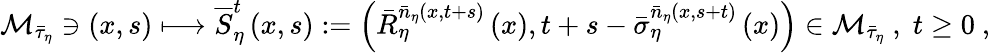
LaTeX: \mathcal{M}_{\bar{\tau}_{\eta}}\ni\left(x,s\right)\longmapsto\overline{{S}}_{\eta}^{t}\left(x,s\right):=\left(\bar{R}_{\eta}^{\bar{n}_{\eta}\left(x,t+s\right)}\left(x\right),t+s-\bar{\sigma}_{\eta}^{\bar{n}_{\eta}\left(x,s+t\right)}\left(x\right)\right)\in\mathcal{M}_{\bar{\tau}_{\eta}}\ ,\; t\geq 0\ ,